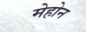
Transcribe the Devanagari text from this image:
मेहोन